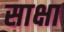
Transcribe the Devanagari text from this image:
साक्षा